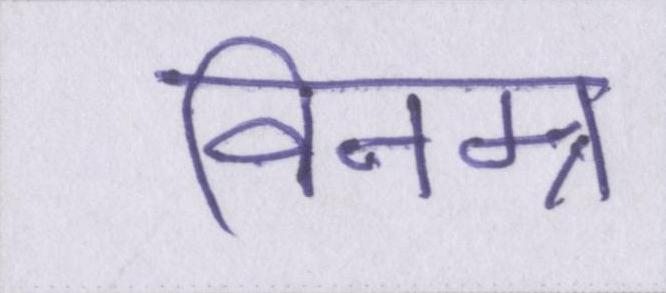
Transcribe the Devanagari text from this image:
विनम्र